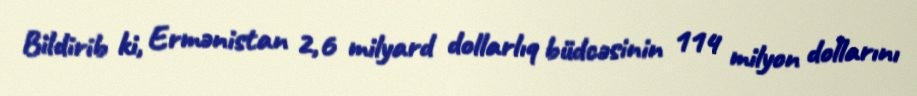
Bildirib ki, Ermənistan 2,6 milyard dollarlıq büdcəsinin 114 milyon dollarını